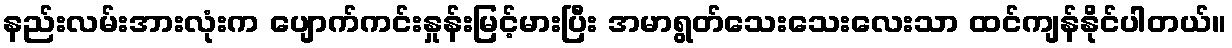
နည်းလမ်းအားလုံးက ပျောက်ကင်းနှုန်းမြင့်မားပြီး အမာရွတ်သေးသေးလေးသာ ထင်ကျန်နိုင်ပါတယ်။